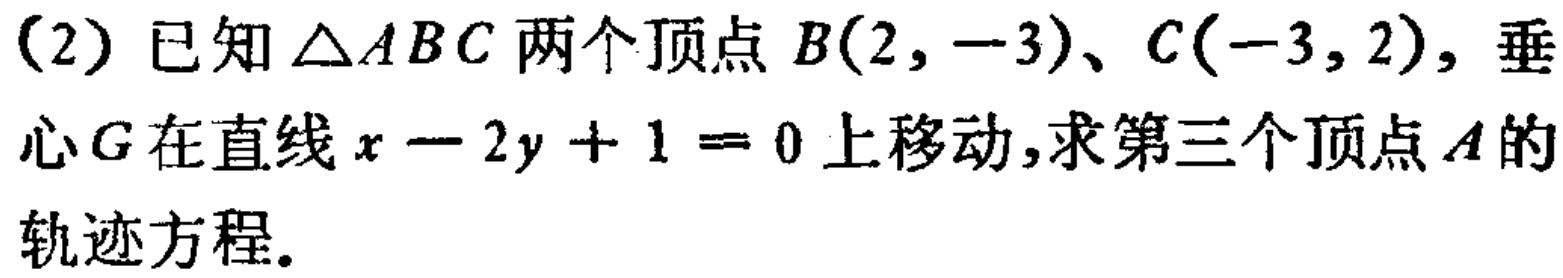
(2) 已知$\triangle ABC$两个顶点$B(2,-3)$、$C(-3,2)$，垂心$G$在直线$x - 2y + 1 = 0$上移动，求第三个顶点$A$的轨迹方程。